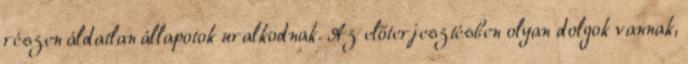
részen áldatlan állapotok uralkodnak. Az előterjesztésben olyan dolgok vannak,